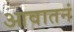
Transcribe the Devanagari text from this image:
आवातनं